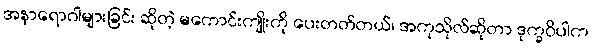
အနာရောဂါများခြင်း ဆိုတဲ့ မကောင်းကျိုးကို ပေးတတ်တယ်၊ အကုသိုလ်ဆိုတာ ဒုက္ခဝိပါက